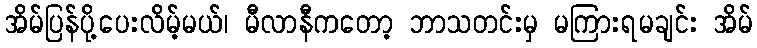
အိမ်ပြန်ပို့ပေးလိမ့်မယ်၊ မီလာနီကတော့ ဘာသတင်းမှ မကြားရမချင်း အိမ်